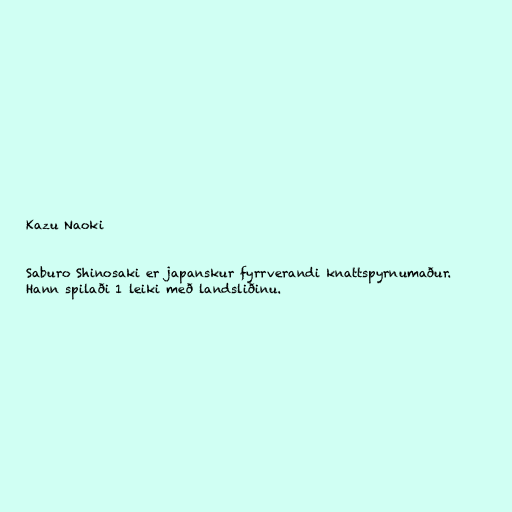
Kazu Naoki

Saburo Shinosaki er japanskur fyrrverandi knattspyrnumaður.
Hann spilaði 1 leiki með landsliðinu.